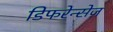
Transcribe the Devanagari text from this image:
डिफरेन्सेज़